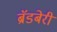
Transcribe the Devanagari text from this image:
ब्रॅडबेरी